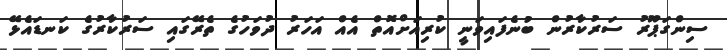
ސިންގަޕޫރު ސަރުކާރުން ބުނެފައިވަނީ ކުރިއަށްއޮތް އެއް އަހަރު ދުވަހުގެ ތެރޭގައި ސަރުކާރުގެ ކަނޑައެޅޭ